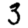
Digit: 3